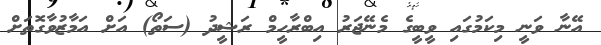
އޭނާ ވަނީ މިކަމުގައި ވީބީގެ މެނޭޖަރު އިބްރާހީމް ރަޝީދު (ސަތޯ) އަށް އަމާޒުވާގޮތަށް